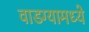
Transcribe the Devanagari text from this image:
वाडग्यामध्ये